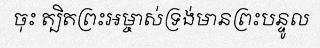
ចុះ ត្បិតព្រះអម្ចាស់ទ្រង់មានព្រះបន្ទូល